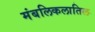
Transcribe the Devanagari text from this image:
मंबलिकलातिल